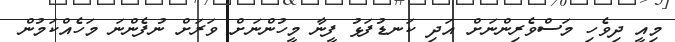
މިއީ ދިވެހި މަސްވެރިންނަށް އަދި ކަނޑުފަޅު ފީނާ މީހުންނަށް ވަރަށް ނުފެންނަ މަހެއްކަމުން